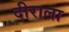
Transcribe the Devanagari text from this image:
दीराला